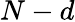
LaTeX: N-d